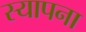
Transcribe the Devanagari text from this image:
स्यापना